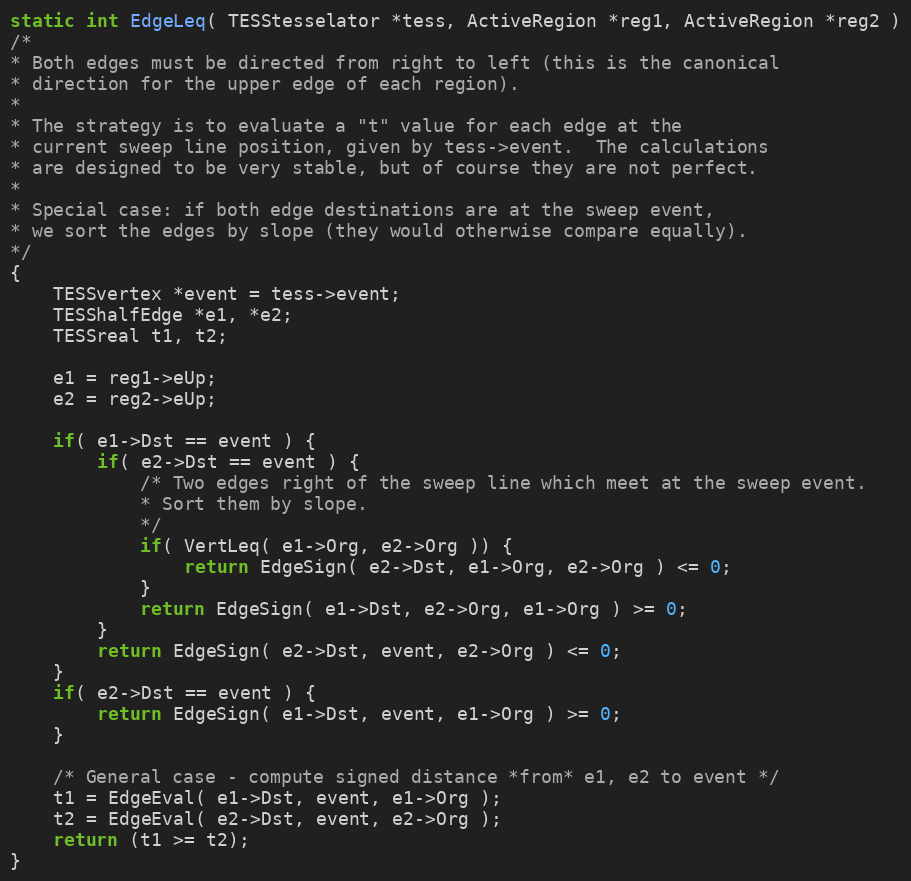
Language: C
static int EdgeLeq( TESStesselator *tess, ActiveRegion *reg1, ActiveRegion *reg2 )
/*
* Both edges must be directed from right to left (this is the canonical
* direction for the upper edge of each region).
*
* The strategy is to evaluate a "t" value for each edge at the
* current sweep line position, given by tess->event.  The calculations
* are designed to be very stable, but of course they are not perfect.
*
* Special case: if both edge destinations are at the sweep event,
* we sort the edges by slope (they would otherwise compare equally).
*/
{
	TESSvertex *event = tess->event;
	TESShalfEdge *e1, *e2;
	TESSreal t1, t2;

	e1 = reg1->eUp;
	e2 = reg2->eUp;

	if( e1->Dst == event ) {
		if( e2->Dst == event ) {
			/* Two edges right of the sweep line which meet at the sweep event.
			* Sort them by slope.
			*/
			if( VertLeq( e1->Org, e2->Org )) {
				return EdgeSign( e2->Dst, e1->Org, e2->Org ) <= 0;
			}
			return EdgeSign( e1->Dst, e2->Org, e1->Org ) >= 0;
		}
		return EdgeSign( e2->Dst, event, e2->Org ) <= 0;
	}
	if( e2->Dst == event ) {
		return EdgeSign( e1->Dst, event, e1->Org ) >= 0;
	}

	/* General case - compute signed distance *from* e1, e2 to event */
	t1 = EdgeEval( e1->Dst, event, e1->Org );
	t2 = EdgeEval( e2->Dst, event, e2->Org );
	return (t1 >= t2);
}